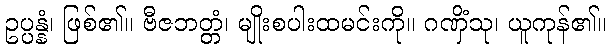
ဥပ္ပန္နံ၊ ဖြစ်၏။ ဗီဇဘတ္တံ၊ မျိုးစပါးထမင်းကို။ ဂဏှိံသု၊ ယူကုန်၏။